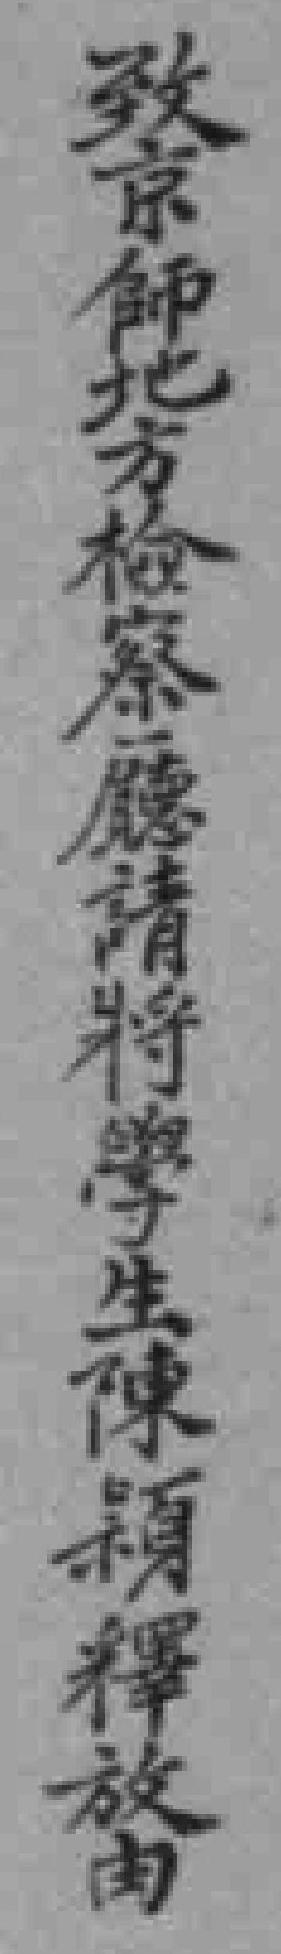
致京師北方检察廳請將學生陳穎釋放由